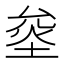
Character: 𰉿